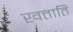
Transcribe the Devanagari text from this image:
खत्ताति